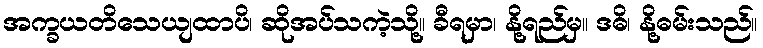
အက္ခယတိသေယျထာပိ၊ ဆိုအပ်သကဲ့သို့။ ခီရမှာ၊ နို့ရည်မှ။ ဒဓိ၊ နို့ဓမ်းသည်။